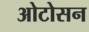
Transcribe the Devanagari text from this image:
ओटोसन